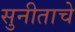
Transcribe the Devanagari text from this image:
सुनीताचे